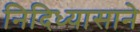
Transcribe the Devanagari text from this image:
निदिध्यासाने